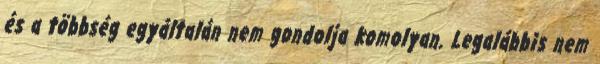
és a többség egyáltalán nem gondolja komolyan. Legalábbis nem